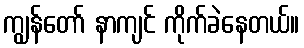
ကျွန်တော် နာကျင် ကိုက်ခဲနေတယ်။